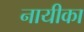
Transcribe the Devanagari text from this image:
नायीका